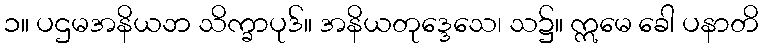
၁။ ပဌမအနိယဘ သိက္ခာပုဒ်။ အနိယတုဒ္ဒေသေ၊ သ၌။ ဣမေ ခေါ ပနာတိ